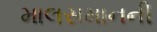
માલસમાનની